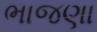
ભાજણા